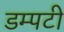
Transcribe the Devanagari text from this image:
डम्पटी